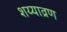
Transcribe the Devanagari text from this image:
शय्याव्रण